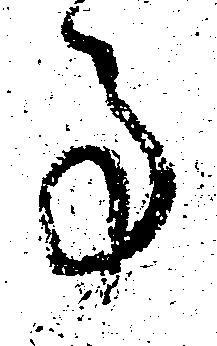
事